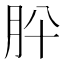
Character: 肸